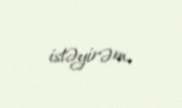
istəyirəm.